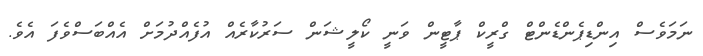
ނަމަވެސް އިންޑިޕެންޑެންޓް ގްރީކް ޕާޓީން ވަނީ ކޯލީޝަން ސަރުކާރެއް އުފެއްދުމަށް އެއްބަސްވެފަ އެވެ.